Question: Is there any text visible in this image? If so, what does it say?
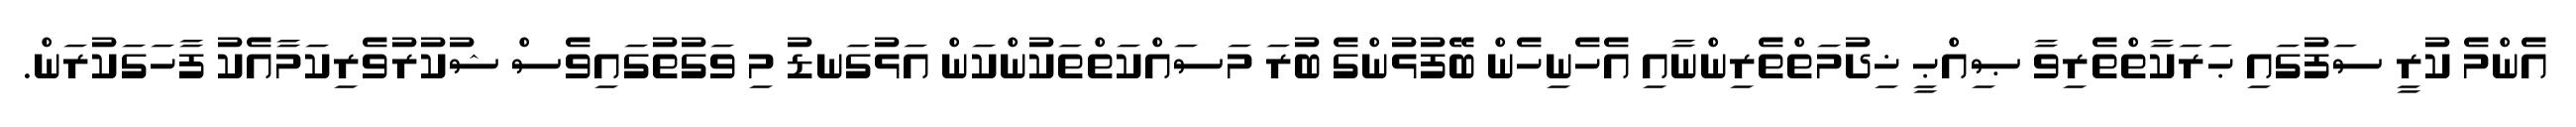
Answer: އެންމެ ކުރީ ސަފުގައި ޙަރަކާތްތެރިވާ ޞިއްޙީ ޚިދުމަތްތެރިންނާއި އެހެނިހެން ބޭފުޅުންގެ ބުރަ މަސައްކަތްތަކުންކަން އަޅުގަނޑު މި ވަގުތުގައިވެސް ޝުކުރުވެރިކަމާއެކު ފާހަގަކުރަން.